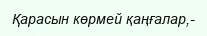
Қарасын көрмей қаңғалар,-